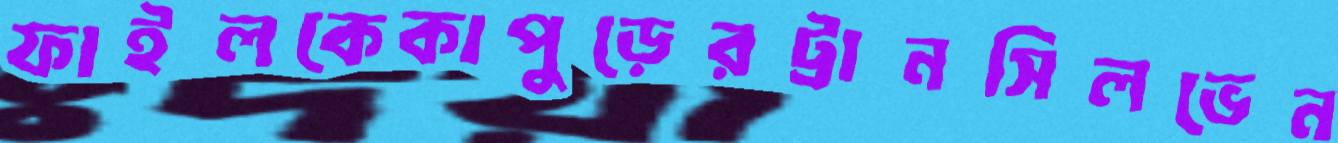
ফাইলকেকাপুড়েরট্রানসিলভেন